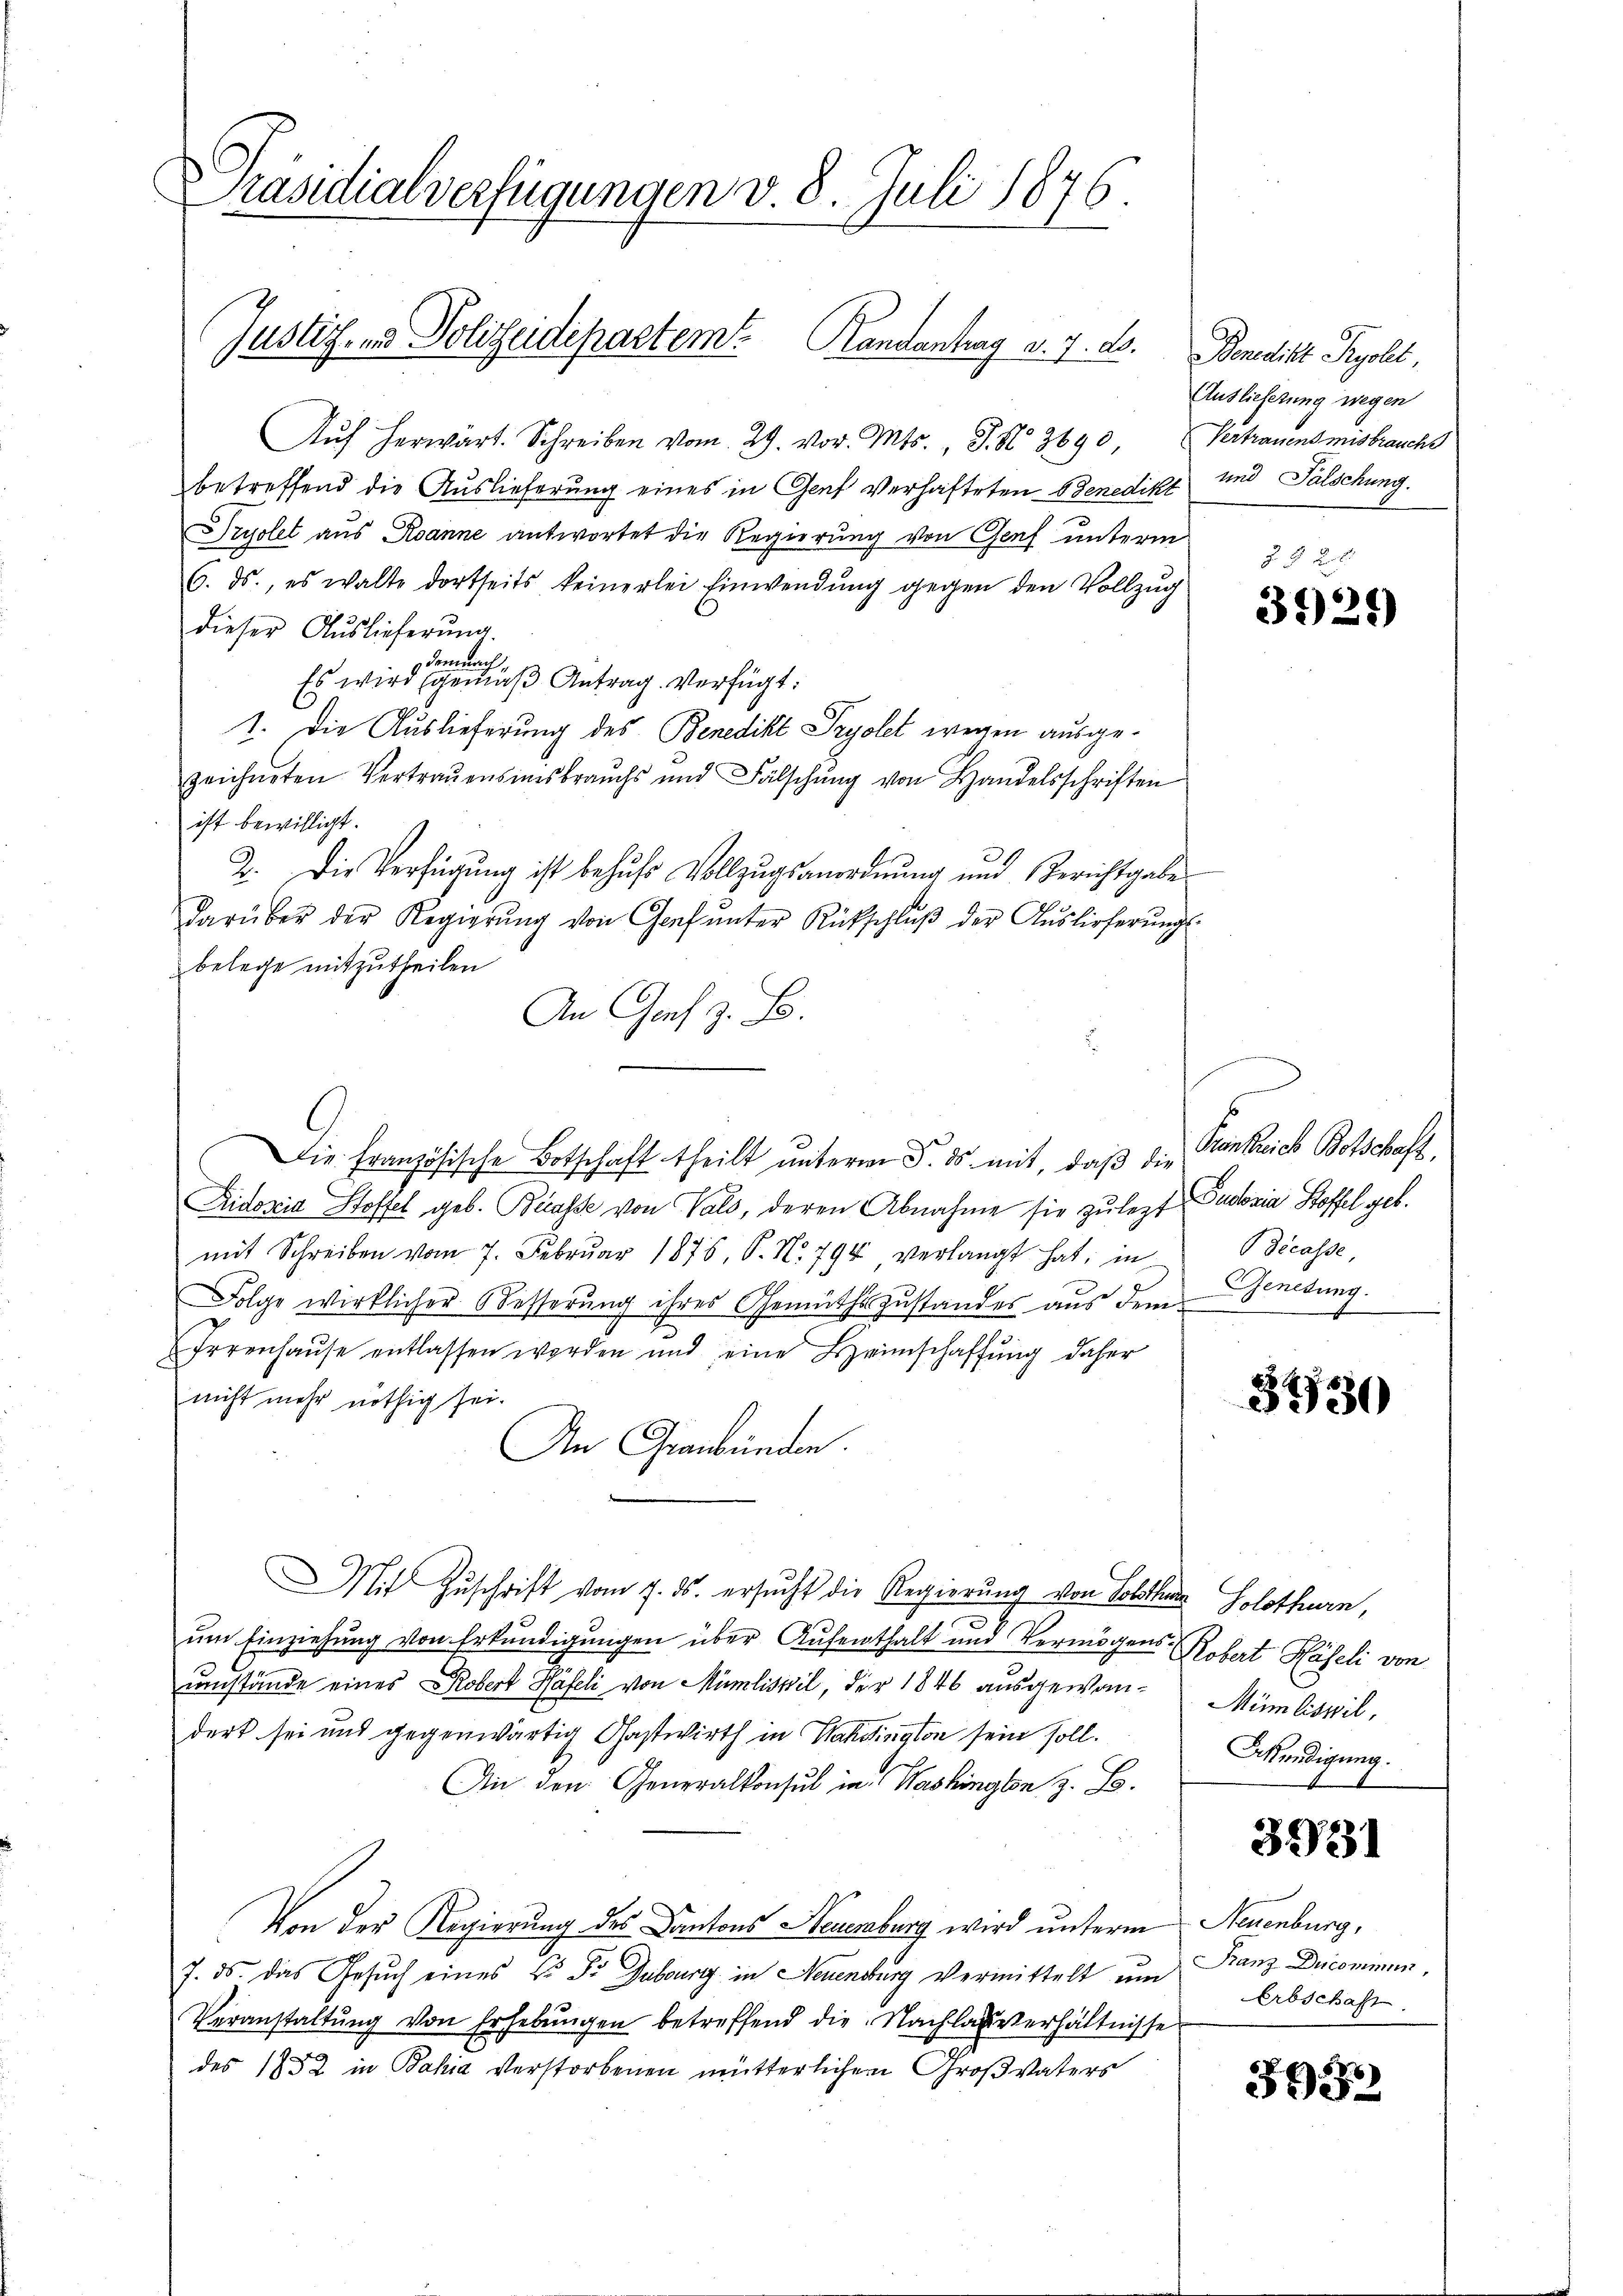
Präsidialverfügungen v. 8. Juli 1876.
Justiz- und Polizeidepartem Randantrag d. 7. ds. Benedict Pyolt,

Aŭf herwärt. Schreiben vom 29. vor. Mts., S. No 3690, Vertrauensmisbrauchs
betreffend die Auslieferung eines in Genf verhafteten Odenedikt und Fälschung.
Pryolet aus Ranne antwortet die Regierung von Genf unterm
6. ds., es walte dortseits keinerlei Einwendŭng gegen den Vollzug
dieser Auslieferung
demnach,
Es wird gemäß Antrag. Verfügt:
1. Die Auslieferung des Benedikt Tryolet wegen ausgezeichneten Vertraŭensinsbrauchs und Fälschŭng von Handelsschriften
ist bewilligt.
2. Die Verfügung ist behufs Vollzugsanordnung und Berichtgabe
darüber der Regierŭng von Genf ŭnter Rückschlŭβ der Aŭslieferŭng
belege mitzutheilen
An Graf z. B.
Die Französische Botschaft theilt ŭnterm 5. ds. mit, daβ die
Aidoxia Stoffel geb. Brasse von Vals, deren Abnahme sie zu legt Pudovia Stoffel geb.
mit Schreiben vom 7. Febrŭar 1875, S. No. 794 verlangt hat, in
Folge wirklicher Besserung ihres Gemüthszustandes aus dem Venetung.
Irrenhause entlassen werden und eine Heimschaffŭng daher
nicht mehr nöthig sei.
An Graubünden.
Mit Zuschrift vom 7. ds. ersucht die Regierung von Solothur Solothurn,
ŭm Einziehung von Erkundigungen über Aufenthalt und Vermögens- Robert Haseli von
umstände eines Robert Häfeli von Mumliszil, der 1846 ausgewan-Mümliswil,
dert sei und gegenwärtig Gastwirth in Mahdington sein soll.
An den Generalkonsul in Washingen z. B.
Von der Regierung des Kantons Neuenburg wird unterm
7. ds. das Gesŭch eines C. Fr. Dubourg in Neuenburg vermittelt um Franz Ducommun
Veranstaltŭng von Erhebŭngen betreffend die Nachlagsverhältnisse
des 1852 in Bahia verstorbenen mütterlichen Großvaters

Auslieferung wegen

3921)

Frankreich Botschaft,
decasse,

3730

Ekredigung.

3231

Neuenburg,
Erbschaft.

595